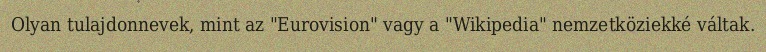
Olyan tulajdonnevek, mint az "Eurovision" vagy a "Wikipedia" nemzetköziekké váltak.